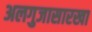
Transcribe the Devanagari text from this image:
अलगुजासारखा